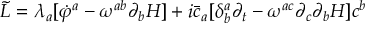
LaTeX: { \widetilde { \cal L } } = \lambda _ { a } [ { \dot { \varphi } } ^ { a } - \omega ^ { a b } \partial _ { b } H ] + i { \bar { c } } _ { a } [ \delta _ { b } ^ { a } \partial _ { t } - \omega ^ { a c } \partial _ { c } \partial _ { b } H ] c ^ { b }